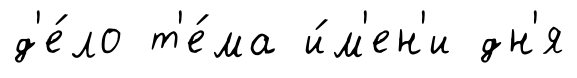
д'е́ло т'е́ма и́м'ен'и дн'я